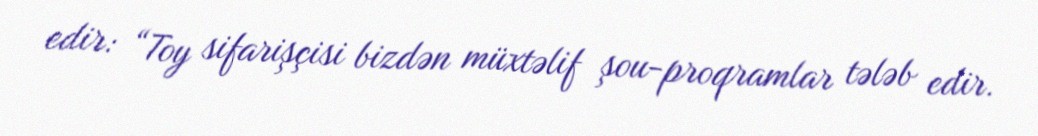
edir: “Toy sifarişçisi bizdən müxtəlif şou-proqramlar tələb edir.